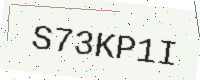
Text: S73KP1I